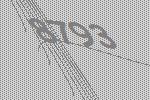
8793